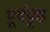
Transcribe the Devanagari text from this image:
पूर्वपृष्ठ